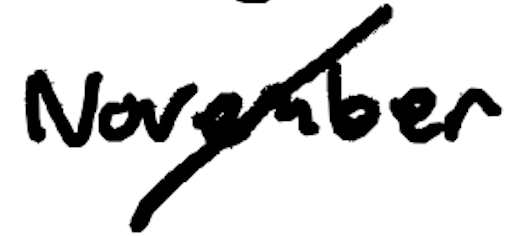
Text: November
Cross-out: diagonal
Writing tool: digital_black